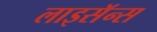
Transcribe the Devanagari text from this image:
लाइसॅन्स